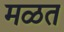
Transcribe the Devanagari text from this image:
मळत